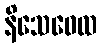
နိသေဝေထ